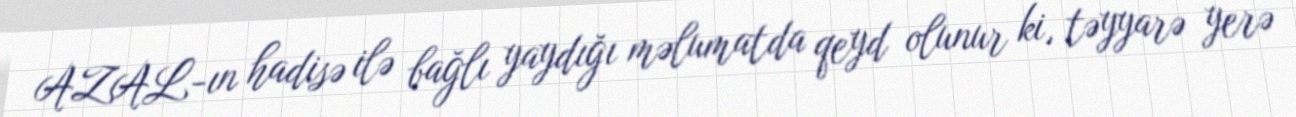
AZAL-ın hadisə ilə bağlı yaydığı məlumatda qeyd olunur ki, təyyarə yerə